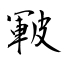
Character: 皸